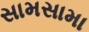
સામસામા